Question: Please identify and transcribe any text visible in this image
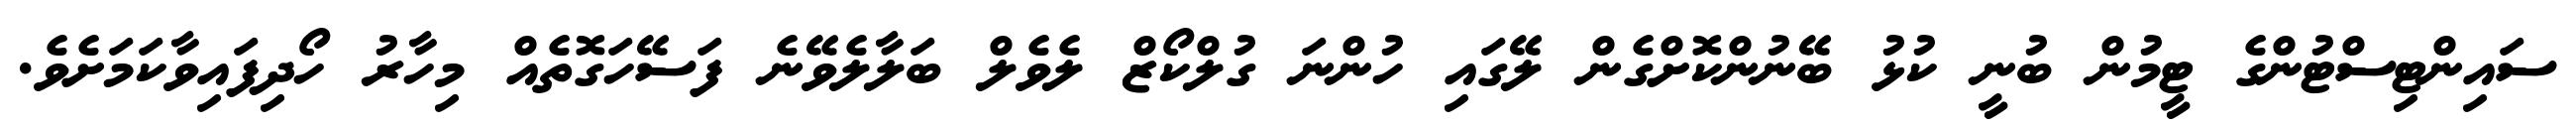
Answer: ސައިންޓިސްޓުންގެ ޓީމުން ބުނީ ކުޅު ބޭނުންކޮށްގެން ލޭގައި ހުންނަ ގުލްކޯޒް ލެވެލް ބަލާލެވޭނެ ފަސޭހަގޮތެއް މިހާރު ހޯދިފައިވާކަމަށެވެ.